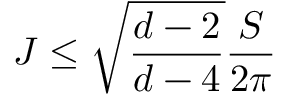
J \leq \sqrt { \frac { d - 2 } { d - 4 } } \frac { S } { 2 \pi }